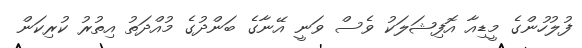
ފުލުހުންގެ މީޑިއާ އޮފިޝަލަކު ވެސް ވަނީ އޭނާގެ ބަންދުގެ މުއްދަތު އިތުރު ކުރިކަން